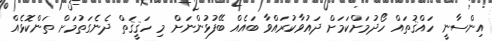
އިންސާނީ ހައްޤުތައް ހޯދުމަށްކަމަށް ދައުވާކުރައްވާ ބައެއް ބޭފުޅުންނަށް މި ހަޤީޤަތް ދެނެގަތުމަށް ތަންކޮޅެއް